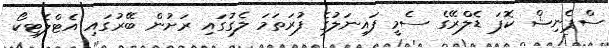
ސްޕެނިޝް ކޮޕަ ޑެލްރޭގެ ސެމީ ފައިނަލުގެ ފުރަތަމަ ލެގުގައި ރަށުން ބޭރުގައި އެޓްލެޓިކޯ